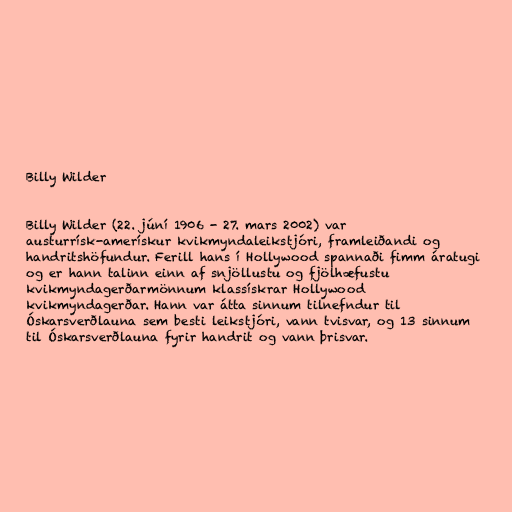
Billy Wilder

Billy Wilder (22. júní 1906 - 27. mars 2002) var
austurrísk-amerískur kvikmyndaleikstjóri, framleiðandi og
handritshöfundur. Ferill hans í Hollywood spannaði fimm áratugi
og er hann talinn einn af snjöllustu og fjölhæfustu
kvikmyndagerðarmönnum klassískrar Hollywood
kvikmyndagerðar. Hann var átta sinnum tilnefndur til
Óskarsverðlauna sem besti leikstjóri, vann tvisvar, og 13 sinnum
til Óskarsverðlauna fyrir handrit og vann þrisvar.